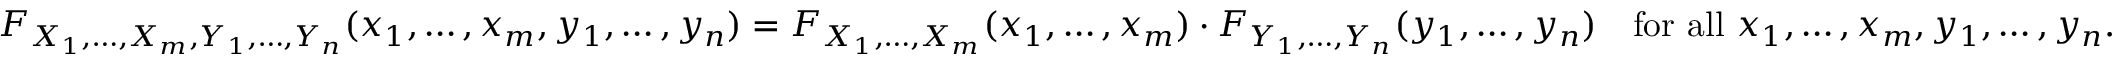
F _ { X _ { 1 } , \ldots , X _ { m } , Y _ { 1 } , \ldots , Y _ { n } } ( x _ { 1 } , \ldots , x _ { m } , y _ { 1 } , \ldots , y _ { n } ) = F _ { X _ { 1 } , \ldots , X _ { m } } ( x _ { 1 } , \ldots , x _ { m } ) \cdot F _ { Y _ { 1 } , \ldots , Y _ { n } } ( y _ { 1 } , \ldots , y _ { n } ) \quad { \mathrm { f o r ~ a l l ~ } } x _ { 1 } , \ldots , x _ { m } , y _ { 1 } , \ldots , y _ { n } .